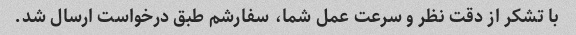
با تشکر از دقت نظر و سرعت عمل شما، سفارشم طبق درخواست ارسال شد.